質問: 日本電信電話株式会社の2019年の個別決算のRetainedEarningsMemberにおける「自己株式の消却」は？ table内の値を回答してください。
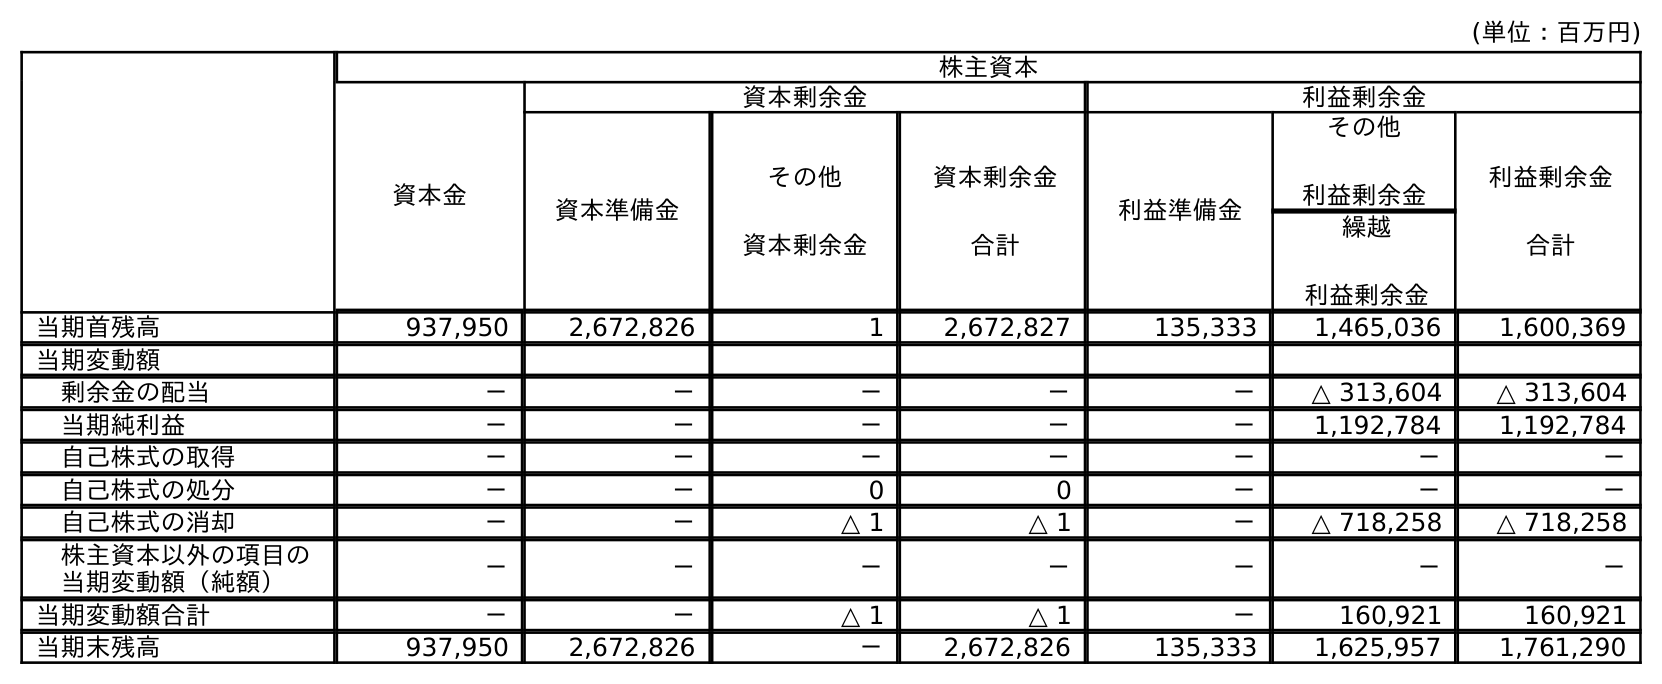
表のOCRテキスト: (単位：百万円) 株主資本 資本金 資本剰余金 利益剰余金 資本準備金 その他 資本剰余金 資本剰余金 合計 利益準備金 その他 利益剰余金 利益剰余金 合計 繰越 利益剰余金 当期首残高 937,950 2,672,826 1 2,672,827 135,333 1,465,036 1,600,369 当期変動額 剰余金の配当 － － － － － △ 313,604 △ 313,604 当期純利益 － － － － － 1,192,784 1,192,784 自己株式の取得 － － － － － － － 自己株式の処分 － － 0 0 － － － 自己株式の消却 － － △ 1 △ 1 － △ 718,258 △ 718,258 株主資本以外の項目の 当期変動額（純額） － － － － － － － 当期変動額合計 － － △ 1 △ 1 － 160,921 160,921 当期末残高 937,950 2,672,826 － 2,672,826 135,333 1,625,957 1,761,290
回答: △718,258